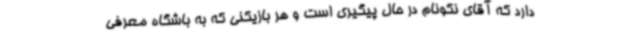
دارد که آقای نکونام در حال پیگیری است و هر بازیکنی که به باشگاه معرفی